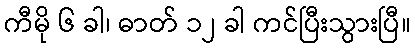
ကီမို ၆ ခါ၊ ဓာတ် ၁၂ ခါ ကင်ပြီးသွားပြီ။